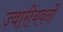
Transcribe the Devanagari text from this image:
ज्वारीयवनों